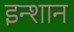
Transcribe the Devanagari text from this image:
इन्शान